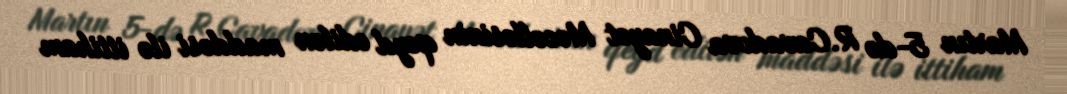
Martın 5-də R.Cavadova Cinayət Məcəlləsinin qeyd edilən maddəsi ilə ittiham